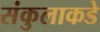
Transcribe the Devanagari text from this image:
संकुलाकडे